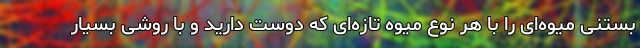
بستنی میوه‌ای را با هر نوع میوه تازه‌ای که دوست دارید و با روشی بسیار